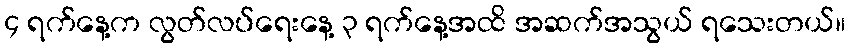
၄ ရက်နေ့က လွတ်လပ်ရေးနေ့ ၃ ရက်နေ့အထိ အဆက်အသွယ် ရသေးတယ်။